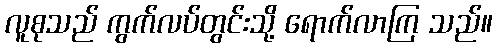
လူစုသည် ကွက်လပ်တွင်းသို့ ရောက်လာကြ သည်။